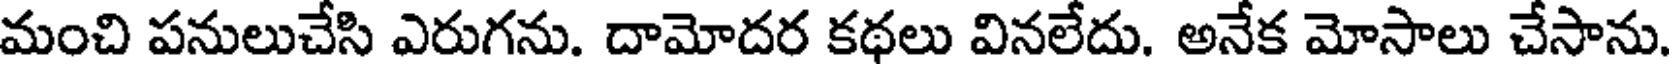
మంచి పనులుచేసి ఎరుగను. దామోదర కథలు వినలేదు. అనేక మోసాలు చేసాను